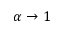
\protect \alpha \rightarrow 1